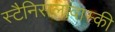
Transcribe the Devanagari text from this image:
स्टैनिसलावास्की